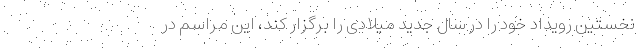
نخستین رویداد خود را در سال جدید میلادی را برگزار کند، این مراسم در